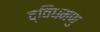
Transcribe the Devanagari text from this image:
द्विधमणु